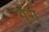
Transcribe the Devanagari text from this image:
गुंगं